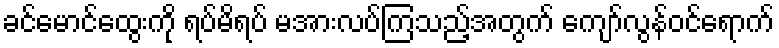
ခင်မောင်ထွေးကို ရပ်မိရပ် မအားလပ်ကြသည့်အတွက် ကျော်လွန်ဝင်ရောက်